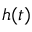
h ( t )